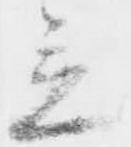
立